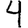
Digit: 4